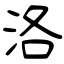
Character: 洛